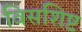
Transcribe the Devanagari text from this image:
विसशिष्ट